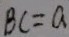
B C = a